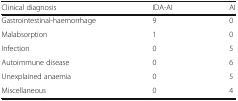
<table><thead><tr><td><b>Clinical diagnosis</b></td><td><b>IDA-AI</b></td><td><b>AI</b></td></tr></thead><tbody><tr><td>Gastrointestinal-haemorrhage</td><td>9</td><td>0</td></tr><tr><td>Malabsorption</td><td>1</td><td>0</td></tr><tr><td>Infection</td><td>0</td><td>5</td></tr><tr><td>Autoimmune disease</td><td>0</td><td>6</td></tr><tr><td>Unexplained anaemia</td><td>0</td><td>5</td></tr><tr><td>Miscellaneous</td><td>0</td><td>4</td></tr></tbody></table>